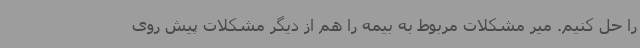
را حل کنیم. میر مشکلات مربوط به بیمه را هم از دیگر مشکلات پیش‌ روی